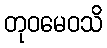
တုဝမေဝသိ